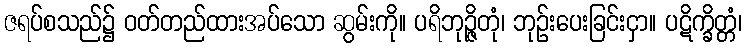
ဇရပ်စသည်၌ ဝတ်တည်ထားအပ်သော ဆွမ်းကို။ ပရိဘုဉ္ဇိတုံ၊ ဘုဉ်းပေးခြင်းငှာ။ ပဋိက္ခိတ္တံ၊